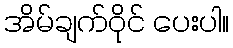
အိမ်ချက်ဝိုင် ပေးပါ။